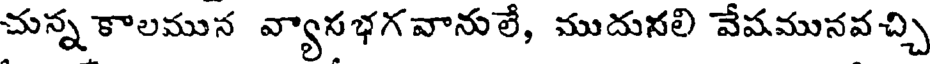
చున్న కాలమున వ్యాసభగవానులే, ముదునలి వేషమునవచ్చి